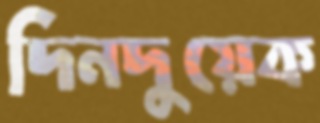
দিনদুয়েক